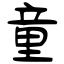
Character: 童